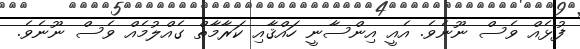
ފުޅެއް ވެސް ނޫނެވެ. އެއީ އިންސާނީ ހައްޤާއި ކަރާމާތް ގެއްލުމެއް ވެސް ނޫނެވެ.